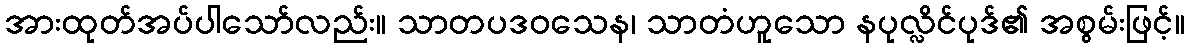
အားထုတ်အပ်ပါသော်လည်း။ သာတပဒဝသေန၊ သာတံဟူသော နပုလ္လိင်ပုဒ်၏ အစွမ်းဖြင့်။